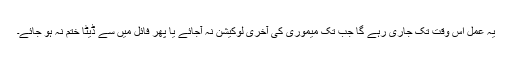
یہ عمل اس وقت تک جاری رہے گا جب تک میموری کی آخری لوکیشن نہ آجائے یا پھر فائل میں سے ڈیٹا ختم نہ ہو جائے۔